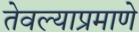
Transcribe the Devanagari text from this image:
तेवल्याप्रमाणे